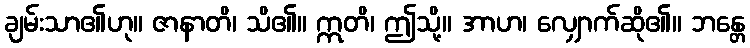
ချမ်းသာ၏ဟု။ ဇာနာတိ၊ သိ၏။ ဣတိ၊ ဤသို့။ အာဟ၊ လျှောက်ဆို၏။ ဘန္တေ